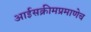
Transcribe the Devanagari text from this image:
आईसक्रीमप्रमाणेच